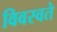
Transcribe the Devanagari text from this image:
विवस्वते